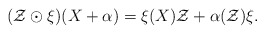
\begin{align*}(\mathcal{Z}\odot\mathcal{\xi})(X+\alpha)=\mathcal{\xi}(X)\mathcal{Z}+\alpha(\mathcal{Z})\mathcal{\xi}.\end{align*}